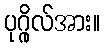
ပုဂ္ဂိုလ်အား။